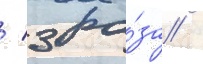
/ 3 ра́за /